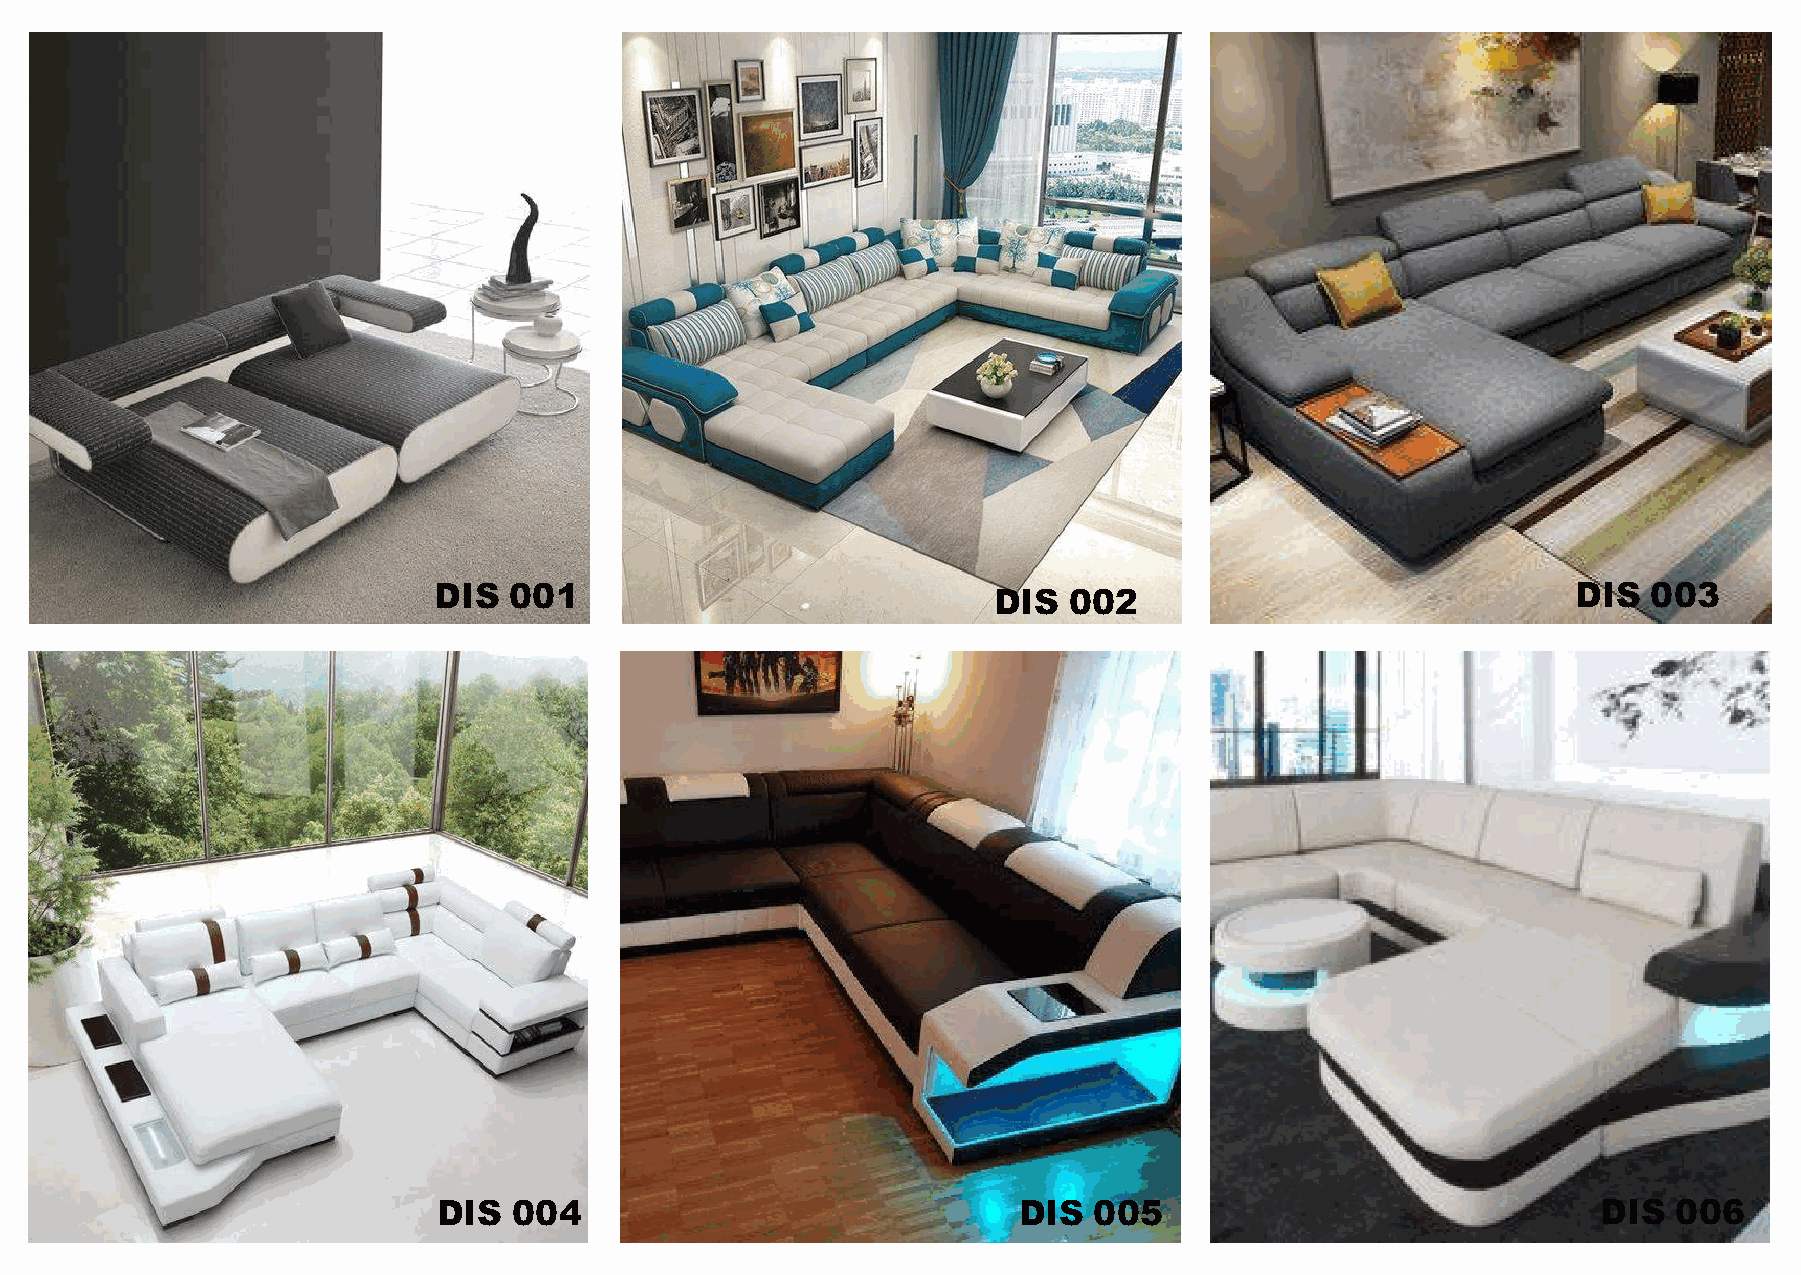
DIS  001                             DIS  002                              DIS  003
 DIS  004                              DIS  005                               DIS  006